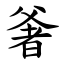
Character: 㸙